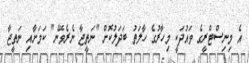
އެ މިނިސްޓްރީގެ ވައުދަކީ މިހާރުގެ ހާލަތު ބަދަލުކޮށް "ނަތީޖާ ނެރެވޭނެ" ކަމަށާއި ނަތީޖާ